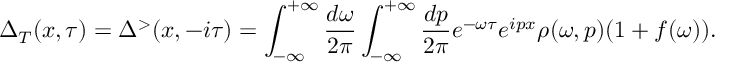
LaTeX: \Delta _ { T } ( x , \tau ) = \Delta ^ { > } ( x , - i \tau ) = \int _ { - \infty } ^ { + \infty } \frac { d \omega } { 2 \pi } \int _ { - \infty } ^ { + \infty } \frac { d p } { 2 \pi } e ^ { - \omega \tau } e ^ { i p x } \rho ( \omega , p ) ( 1 + f ( \omega ) ) .